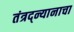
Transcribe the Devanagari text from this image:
तंत्रद्न्यानाचा